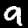
Label: 9